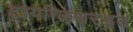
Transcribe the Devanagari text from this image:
ट्रायग्लिसराइड